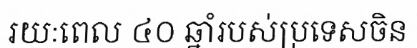
រយៈពេល ៤០ ឆ្នាំរបស់ប្រទេសចិន